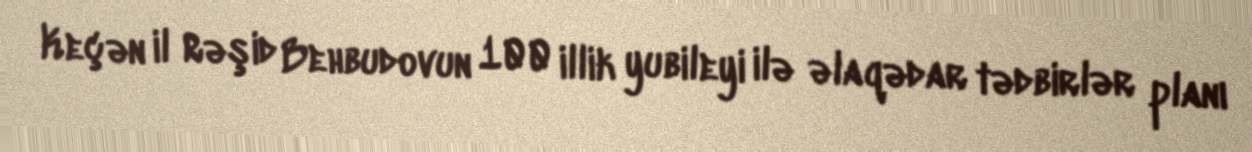
Keçən il Rəşid Behbudovun 100 illik yubileyi ilə əlaqədar tədbirlər planı